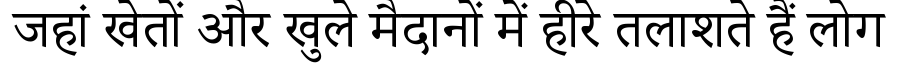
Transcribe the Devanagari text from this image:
जहां खेतों और खुले मैदानों में हीरे तलाशते हैं लोग